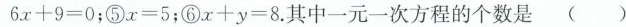
6 x + 9 = 0$$；⑤$$x = 5$$；⑥$$x + y = 8$$.其中一元一次方程的个数是( )